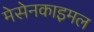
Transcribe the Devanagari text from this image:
मेसेनकाइमल